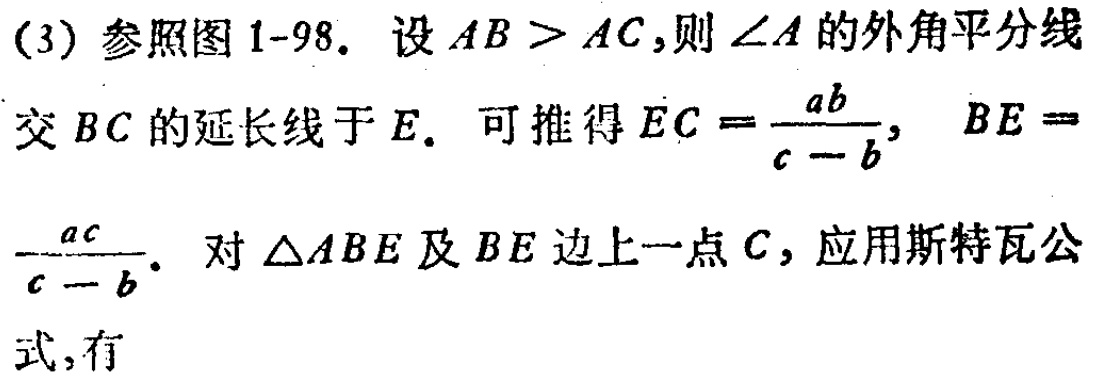
(3) 参照图 1-98. 设 \(AB > AC\),则 \(\angle A\) 的外角平分线交 \(BC\) 的延长线于 \(E\). 可推得 \(EC = \frac{ab}{c - b}\), \(BE=\frac{ac}{c - b}\). 对 \(\triangle ABE\) 及 \(BE\) 边上一点 \(C\), 应用斯特瓦公式, 有